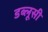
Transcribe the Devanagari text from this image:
डब्लूसी